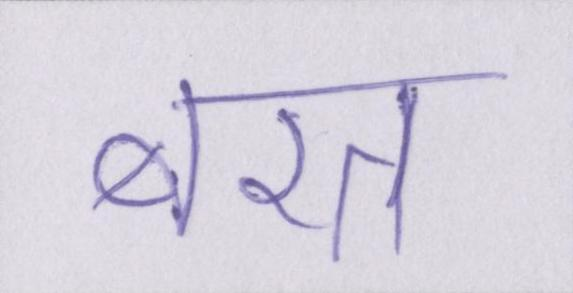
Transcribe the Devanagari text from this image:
बरत